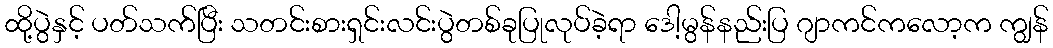
ထို့ပွဲနှင့် ပတ်သက်ပြီး သတင်းစားရှင်းလင်းပွဲတစ်ခုပြုလုပ်ခဲ့ရာ ဒေါ့မွန်နည်းပြ ဂျာကင်ကလော့က ကျွန်